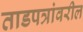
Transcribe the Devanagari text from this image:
ताडपत्रांवरील